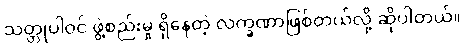
သတ္တုပါဝင် ဖွဲ့စည်းမှု ရှိနေတဲ့ လက္ခဏာဖြစ်တယ်လို့ ဆိုပါတယ်။